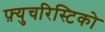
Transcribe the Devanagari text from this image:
फ़्युचरिस्टिको